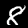
Label: 8